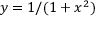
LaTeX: y = 1 / ( 1 + x ^ { 2 } )